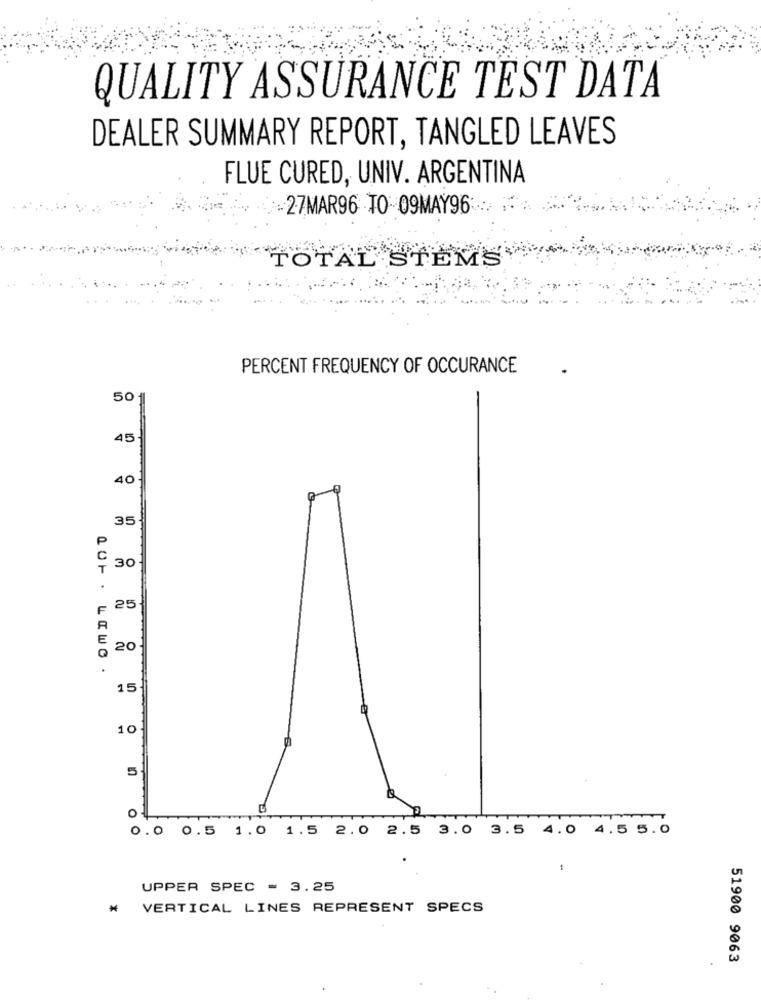
QUALITY ASSURANCE TEST DATA
DEALER SUMMARY REPORT, TANGLED LEAVES
FLUE CURED, UNIV. ARGENTINA
27MAR96 TO 09MAY96: >>
TOTAL STEMS
PERCENT FREQUENCY OF OCCURANCE
50
45
40
35
30
25
20
15
10
5
O
0.0 0.5 1.0 1.5 2.0 2.5 3.0 3.5 4.0 4.5 5.0
UPPER SPEC = 3.25
₦ VERTICAL LINES REPRESENT SPECS
51900 9063